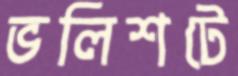
ভলিশটে